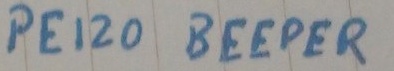
Text: PEIZO BEEPER